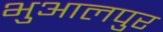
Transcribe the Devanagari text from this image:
भुआलपुर